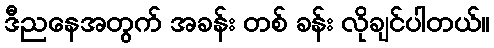
ဒီညနေအတွက် အခန်း တစ် ခန်း လိုချင်ပါတယ်။